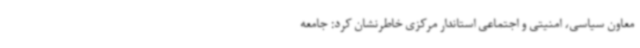
معاون سیاسی، امنیتی و اجتماعی استاندار مرکزی خاطرنشان کرد: جامعه